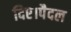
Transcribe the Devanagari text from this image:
दिए।पैदल